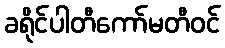
ခရိုင်ပါတီကော်မတီဝင်